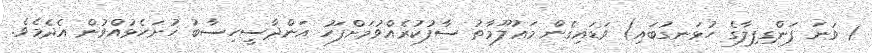
1 ވަނަ ފަންގިފިލާގެ ހުޅަނގުބައި) ވަޑައިގެން މަޢުލޫމާތު ސާފުކުރެއްވުމަށްފަހު އަންދާސީހިސާބު ހުށަހެޅުއްވުން އެދެމެވެ.